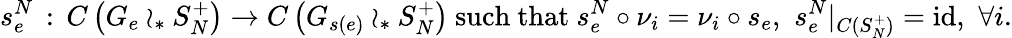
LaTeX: s_{e}^{N}\, :\, C\left(G_{e}\wr_{*}S_{N}^{+}\right)\rightarrow C\left(G_{s(e)}\wr_{*}S_{N}^{+}\right)\mathrm{~such~that~}s_{e}^{N}\circ\nu_{i}=\nu_{i}\circ s_{e},\, \, s_{e}^{N}\vert_{C(S_{N}^{+})}=\mathrm{id},\, \, \forall i.